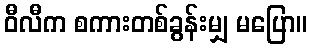
ဝီလီက စကားတစ်ခွန်းမျှ မပြော။